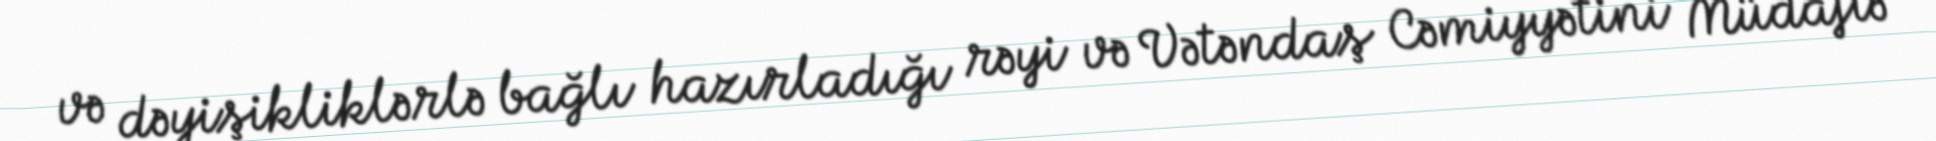
və dəyişikliklərlə bağlı hazırladığı rəyi və Vətəndaş Cəmiyyətini Müdafiə